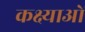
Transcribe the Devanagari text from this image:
कक्ष्याओं